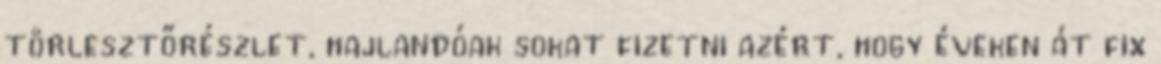
törlesztőrészlet, hajlandóak sokat fizetni azért, hogy éveken át fix